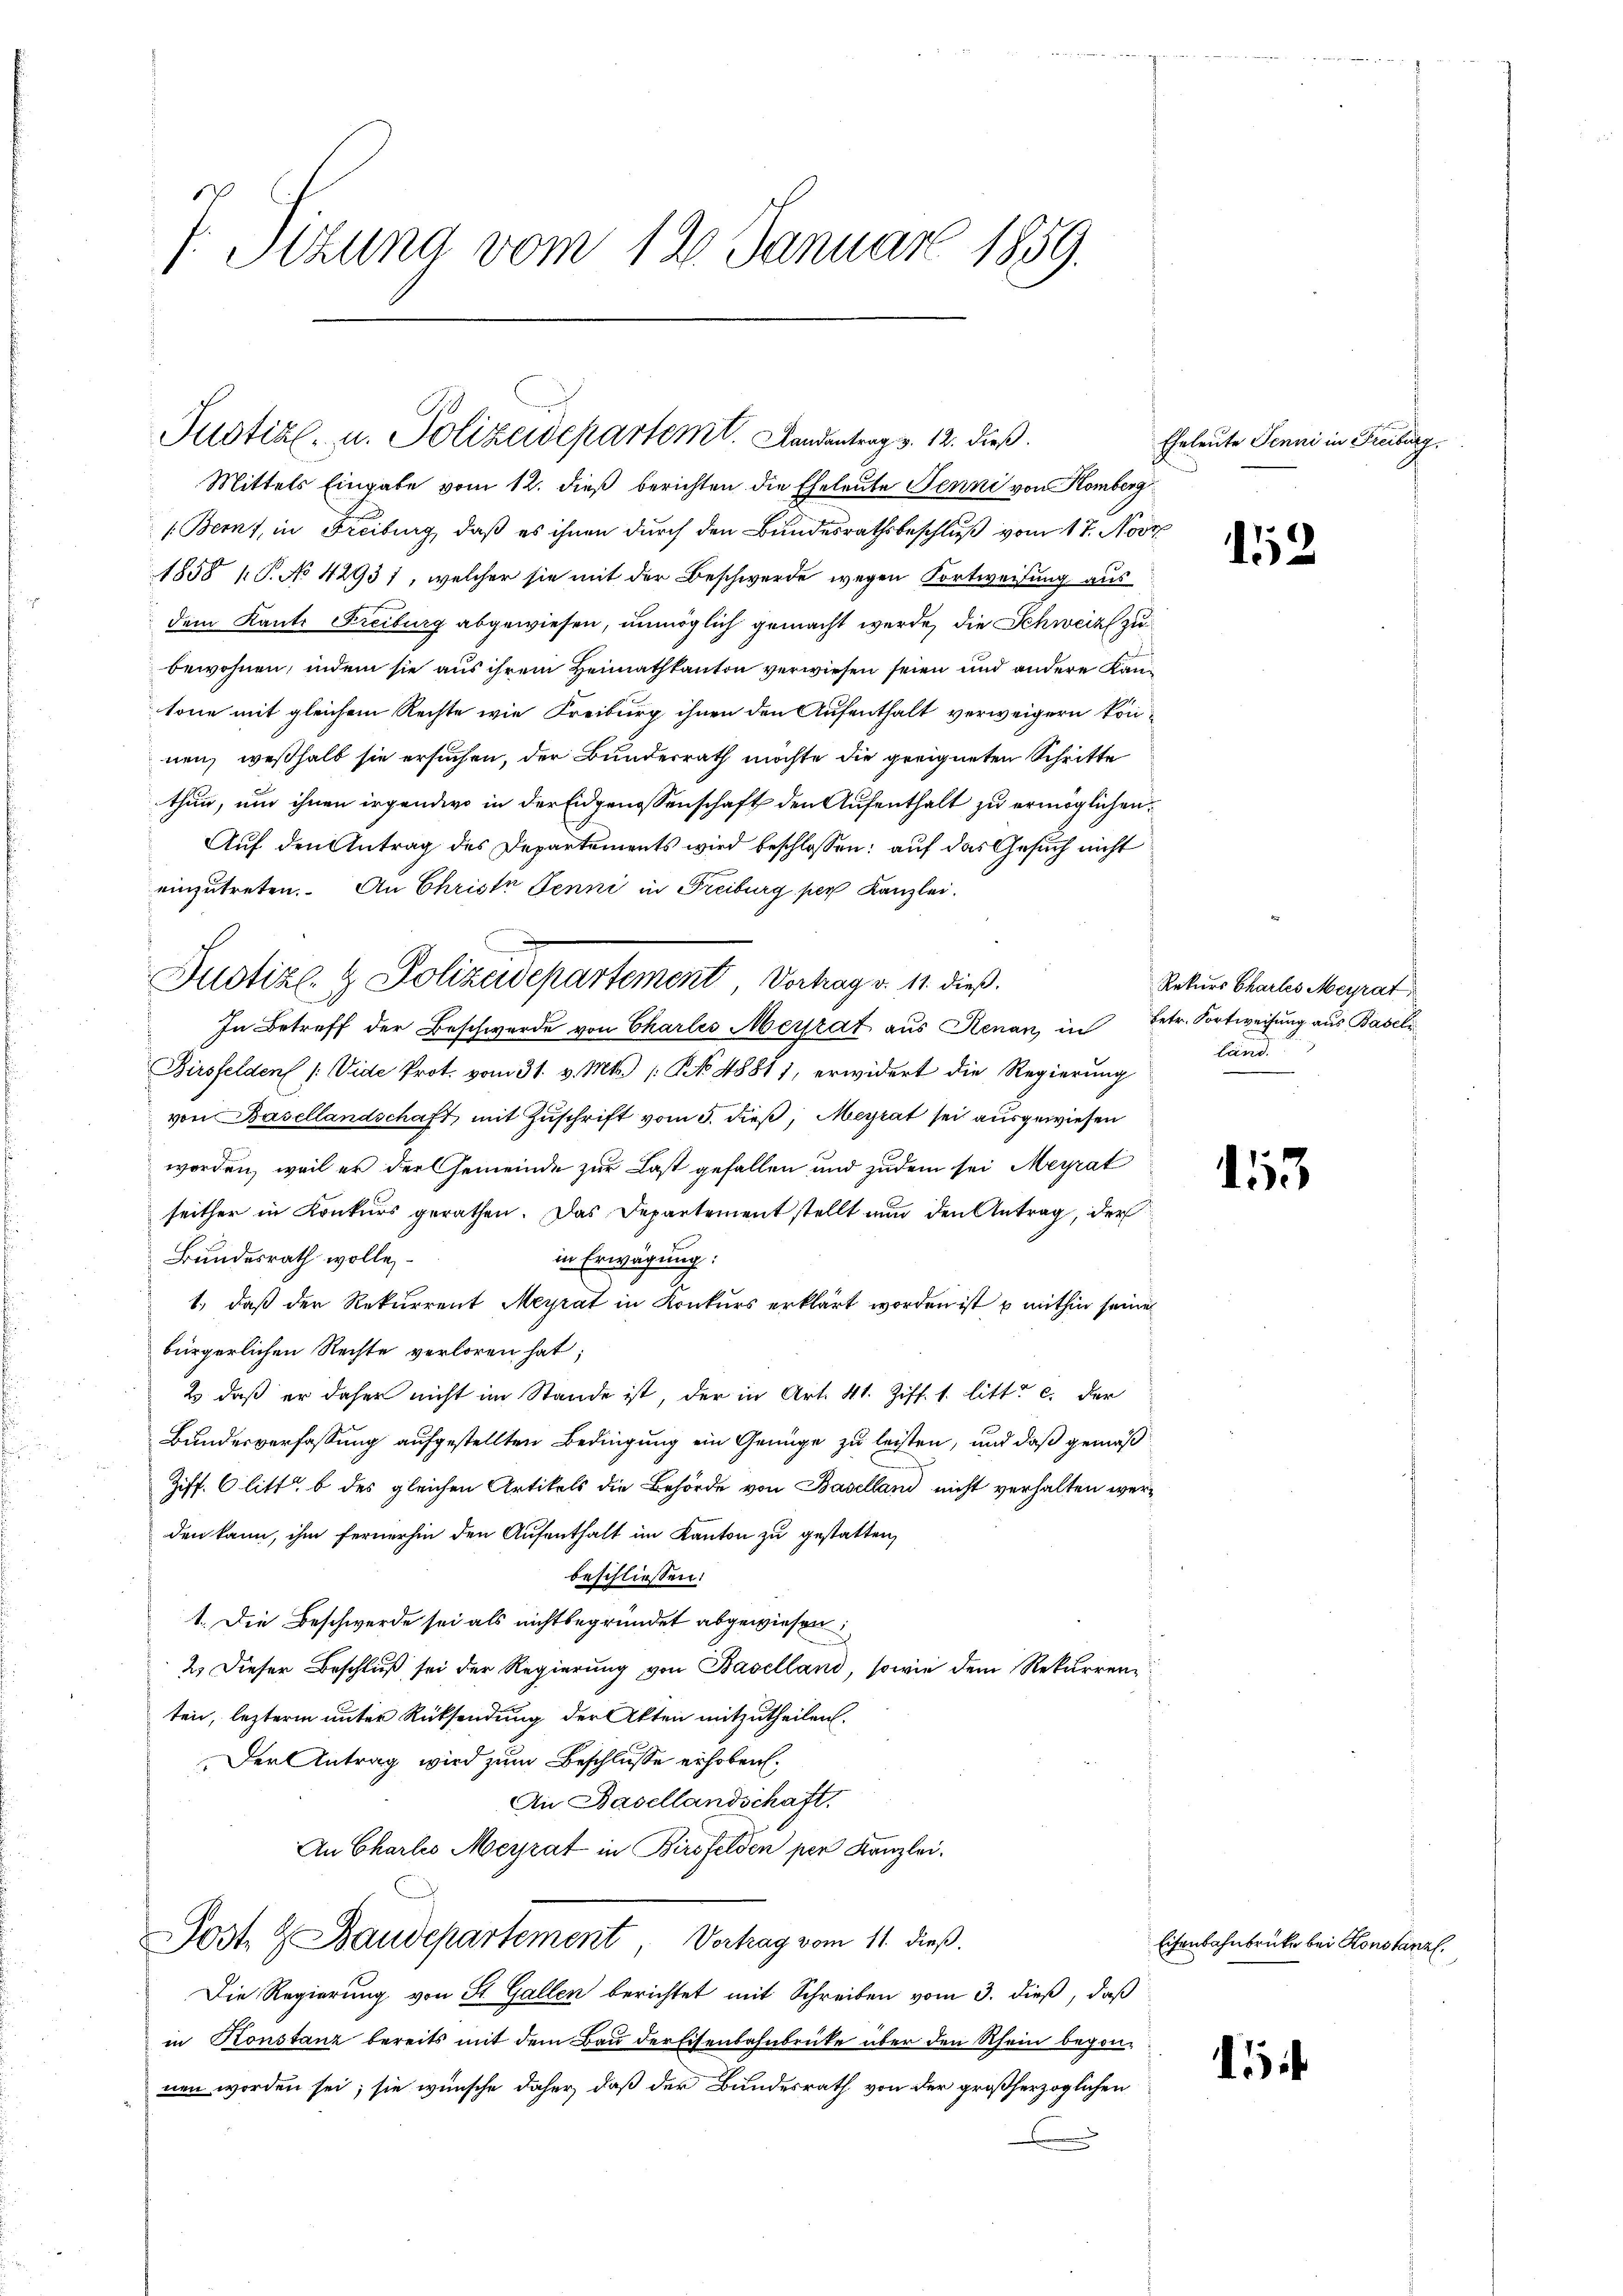
7. Sizung vom 12. Januar 1859.

Mittels Eingabe vom 12. dieß berichten die Eheleute Jenni von Komberg
1. Bern, in Freiburg, daß es ihnen durch den Bundesrathsbeschluß vom 17. Nov.
1858 1 S. No 42931, welcher sie mit der Beschwerde wegen Fortweisung aus
dem Kanto Freiburg abgewiesen, unmöglich gemacht werde, die Schweiz zu
bewohnen, indem sie aus ihrem Heimathkanton verwiesen seien und andere Kantone mit gleichem Rechte wie Freiburg ihnen den Aufenthalt verweigern können, weßhalb sie ersuchen, der Bunderrath möchte die geeigneten Schritte
thun, und ihnen irgendwo in der Eidgenossenschaft den Aufenthalt zu ermöglichen,
Auf den Antrag des Departements wird beschlossen: auf das Gesuch nicht
einzutreten. An Christe Jenni in Freiburg per Kanzlei.
In Betreff der Beschwerde von Charles Merrat aus Renan in Betr. Fortweisung aus Baseli
Birsfelden /: Vide Prot. vom 31. v. Mts. (NNo. 48811, erwidert die Regierung
von Basellandschaft mit Zuschrift vom 5. dieß, Meyrat sei ausgewiesen
worden, weil er der Gemeinde zur Last gefallen und zudem sei Meyrat
seither in Konkurs gerathen. Das Departement stellt nun den Antrag, der
Bundesrath wolle,
in Erwägung:
1.) daß der Rekurrent Meyrat in Konkurs erklärt worden ist u mithin seine
bürgerlichen Rechte verloren hat;
& daß er daher nicht im Stande ist, der in Art. 41. Ziff. 1. litt. c. der
Bundesverfassung aufgestellten Bedingung ein Genüge zu leisten, und daß gemäß
Ziff. 6 litt. b des gleichen Artikels die Behörde von Baselland nicht verhalten werden kann, ihm fernerhin den Aufenthalt im Kanton zu gestatten,
beschliessen:
1. Die Beschwerde sei als nicht begründet abgewiesen
2. Dieser Beschluß sei der Regierung von Baselland, sowie dem Rekurrenz
ten, lezterm unter Rücksendung der Akten mitzutheilen.
Der Antrag wird zum Beschlüsse erhoben.
An Basellandschaft.
An Charlo Meyrat in Birsfelden per Kanzlei.
Post & Baudepartement, Vertrag vom 11. dieß.
Die Regierung von St. Gallen berichtet mit Schreiben vom 3. dieß, daß
in Konstanz bereits mit dem Bau der Eisenbahnbrücke über den Rhein begonnen worden sei; sie wünsche daher, daß der Bundesrath von der großherzoglichen

Justiz- u. Polizeidepartemt. Landantrag v. 12. dieß.

Justiz- & Polizeidepartement, Vortrag v. 11. dieß.

Eheleute Jenni in Freiburg,

12

Rekurs Chartes Meyrat
land.

3

Eisenbahnbrücke bei Konstanzl

5